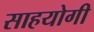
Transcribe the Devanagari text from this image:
साहयोगी